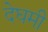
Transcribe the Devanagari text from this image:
देघमी